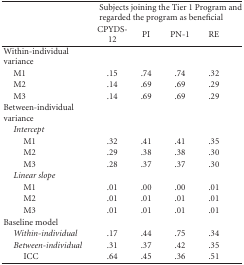
|  | <COLSPAN=4> Subjects joining the Tier 1 Program and regarded the program as beneficial |
 |  | CPYDS-12 | PI | PN-1 | RE |
 | --- | --- | --- | --- | --- |
 | Within-individual variance |
 | M1 | .15 | .74 | .74 | .32 |
 | M2 | .14 | .69 | .69 | .29 |
 | M3 | .14 | .69 | .69 | .29 |
 | Between-individual variance |
 | Intercept |  |  |  |  |
 | M1 | .32 | .41 | .41 | .35 |
 | M2 | .29 | .38 | .38 | .30 |
 | M3 | .28 | .37 | .37 | .30 |
 | Linear slope |  |  |  |  |
 | M1 | .01 | .00 | .00 | .01 |
 | M2 | .01 | .01 | .01 | .01 |
 | M3 | .01 | .01 | .01 | .01 |
 | Baseline model |  |  |  |  |
 | Within-individual | .17 | .44 | .75 | .34 |
 | Between-individual | .31 | .37 | .42 | .35 |
 | ICC | .64 | .45 | .36 | .51 |